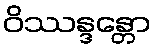
ဝိဿန္ဒန္တော